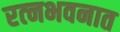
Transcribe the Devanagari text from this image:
रत्‍नभवनात